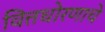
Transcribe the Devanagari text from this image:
वित्तधोरणाचे